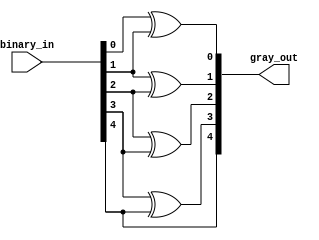

module binary_to_gray(binary_in, gray_out);

localparam address_size = 4; //3

input [address_size:0] binary_in;
output [address_size:0] gray_out;

genvar i;    
generate for(i = 0; i < address_size; i = i + 1) 
    begin: for_loop
        assign gray_out[i] = binary_in[i] ^ binary_in[i + 1];
    end
endgenerate

assign gray_out[address_size]=binary_in[address_size];
endmodule